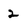
Character: 2